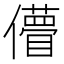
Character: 𠐧